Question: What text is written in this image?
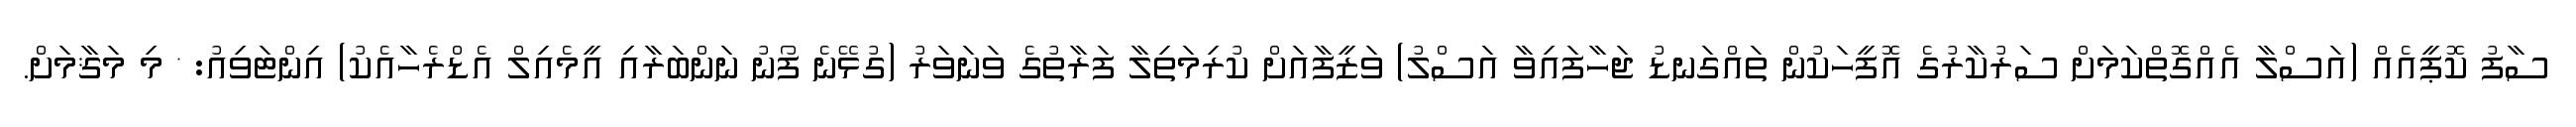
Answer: ސާފު ކޮޕީއެއް (އަސްލާ އެއްގޮތްކަމަށް ސަރުކާރުގެ އޮފީހަކުން ތައްގަނޑު ޖަހާފައިވާ އަސްލު) ވަޒީފާއަށް ކުރިމަތިލާ ފަރާތުގެ ވަނަވަރު (ގުޅޭނެ ފޯނު ނަންބަރާއި އީމެއިލް އެޑްރެހާއެކު) އިންޓަވިއު: * މި މަޤާމަށް.